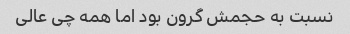
نسبت به حجمش گرون بود اما همه چی عالی